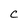
Character: C